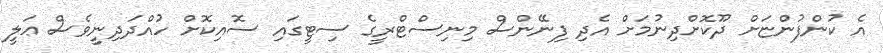
އެ ކުންފުންޏަށް ދޫކޮށްދިނުމަށް އެދި ފިނޭންސް މިނިސްޓްރީގެ ސިޓީގައި ސޮއިކޮށް ހުއްދަދިނީވެސް ޢަލީ